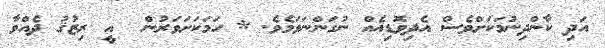
އަދި ކާންދިނުމަކަށްވެސް އެދިވޮޑިއެއް ނުގަންނަވަމެވެ. * ހަމަކަށަވަރުން  އީ ރިޒުޤު ދެއްވާ